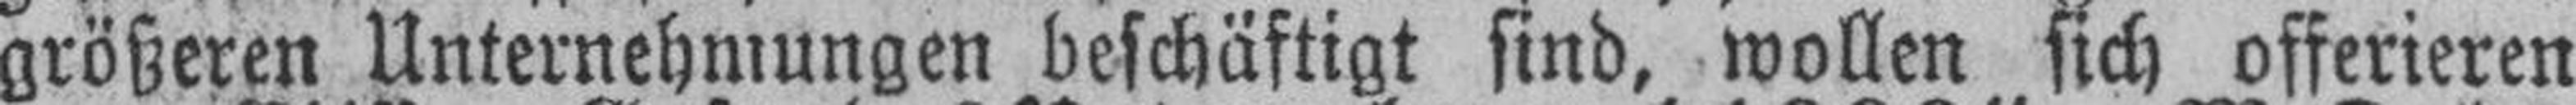
größeren Unternehmungen beschäftigt sind, wollen sich offerieren